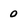
Character: 0